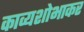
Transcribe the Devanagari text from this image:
काव्यशोभाकर